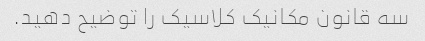
سه قانون مکانیک کلاسیک را توضیح دهید.